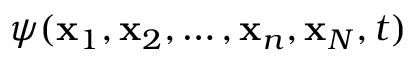
\psi ( \mathbf { x } _ { 1 } , \mathbf { x } _ { 2 } , \ldots , \mathbf { x } _ { n } , \mathbf { x } _ { N } , t )